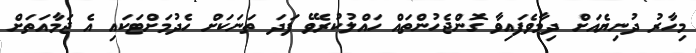
މިހާރު ދުނިޔެއަށް ދިމާވެފައިވާ ގޮންޖެހުންތައް ހައްލުކުރެވޭ ފަދަ ތަނަކަށް ހެދުމަށްޓަކައި އެ ޖަމާއަތަށް